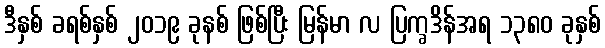
ဒီနှစ် ခရစ်နှစ် ၂၀၁၉ ခုနစ် ဖြစ်ပြီး မြန်မာ လ ပြက္ခဒိန်အရ ၁၃၈၀ ခုနှစ်